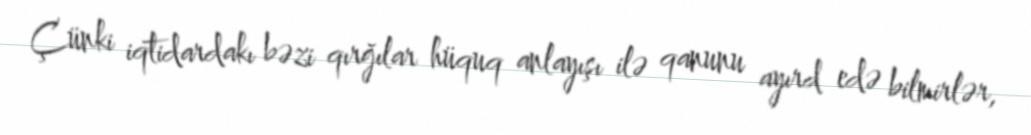
Çünki iqtidardakı bəzi qırğılar hüquq anlayışı ilə qanunu ayırd edə bilmirlər,